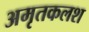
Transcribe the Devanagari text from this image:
अमृतकलश